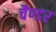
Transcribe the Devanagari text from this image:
चैण्डर